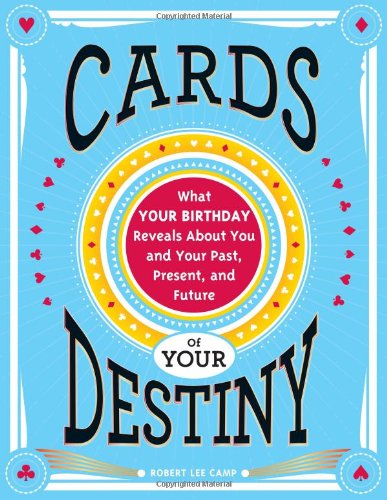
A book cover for Cards of Your Destiny: What Your Birthday Reveals About You and Your Past, Present, and Future; Robert Camp; Religion & Spirituality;